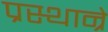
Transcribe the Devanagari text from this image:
प्रस्थान्रे